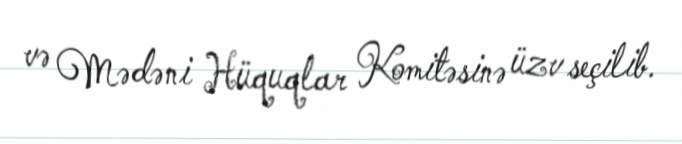
və Mədəni Hüquqlar Komitəsinə üzv seçilib.